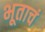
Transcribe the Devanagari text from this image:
भूताचं